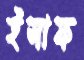
ইসাফ